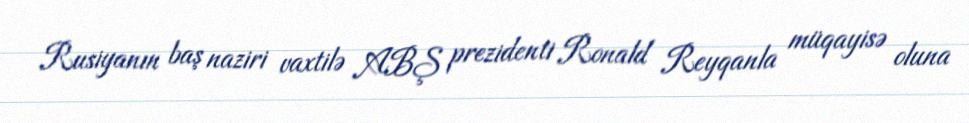
Rusiyanın baş naziri vaxtilə ABŞ prezidenti Ronald Reyqanla müqayisə oluna